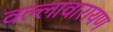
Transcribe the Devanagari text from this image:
वल्लावारायण